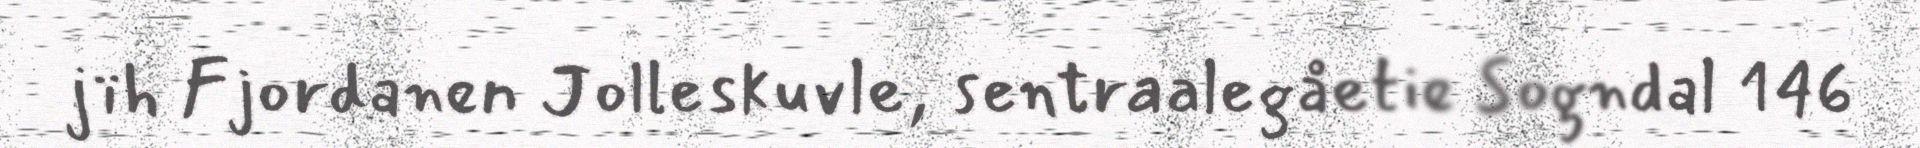
jïh Fjordanen Jolleskuvle, sentraalegåetie Sogndal 146